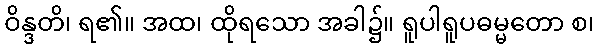
ဝိန္ဒတိ၊ ရ၏။ အထ၊ ထိုရသော အခါ၌။ ရူပါရူပဓမ္မတော စ၊